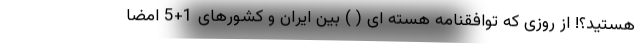
هستید؟! از روزی که توافقنامه هسته ای ( ) بین ایران و کشورهای 1+5 امضا